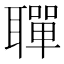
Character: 𫆐